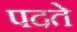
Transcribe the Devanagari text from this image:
पदते